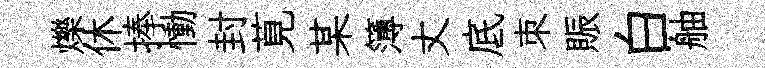
爍休捧慟封莧某簿丈底朿賑白舳